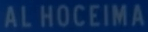
ALHOCEIMA